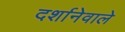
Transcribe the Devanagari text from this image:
दर्शानेवाले